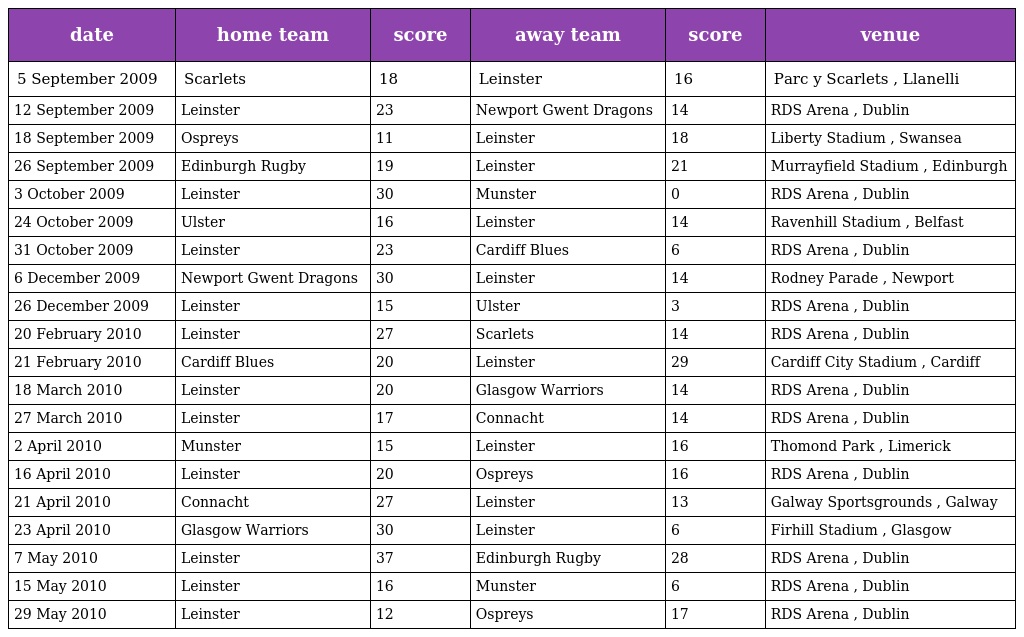
| date | home team | score | away team | score | venue |
 | --- | --- | --- | --- | --- | --- |
 | 5 September 2009 | Scarlets | 18 | Leinster | 16 | Parc y Scarlets , Llanelli |
 | 12 September 2009 | Leinster | 23 | Newport Gwent Dragons | 14 | RDS Arena , Dublin |
 | 18 September 2009 | Ospreys | 11 | Leinster | 18 | Liberty Stadium , Swansea |
 | 26 September 2009 | Edinburgh Rugby | 19 | Leinster | 21 | Murrayfield Stadium , Edinburgh |
 | 3 October 2009 | Leinster | 30 | Munster | 0 | RDS Arena , Dublin |
 | 24 October 2009 | Ulster | 16 | Leinster | 14 | Ravenhill Stadium , Belfast |
 | 31 October 2009 | Leinster | 23 | Cardiff Blues | 6 | RDS Arena , Dublin |
 | 6 December 2009 | Newport Gwent Dragons | 30 | Leinster | 14 | Rodney Parade , Newport |
 | 26 December 2009 | Leinster | 15 | Ulster | 3 | RDS Arena , Dublin |
 | 20 February 2010 | Leinster | 27 | Scarlets | 14 | RDS Arena , Dublin |
 | 21 February 2010 | Cardiff Blues | 20 | Leinster | 29 | Cardiff City Stadium , Cardiff |
 | 18 March 2010 | Leinster | 20 | Glasgow Warriors | 14 | RDS Arena , Dublin |
 | 27 March 2010 | Leinster | 17 | Connacht | 14 | RDS Arena , Dublin |
 | 2 April 2010 | Munster | 15 | Leinster | 16 | Thomond Park , Limerick |
 | 16 April 2010 | Leinster | 20 | Ospreys | 16 | RDS Arena , Dublin |
 | 21 April 2010 | Connacht | 27 | Leinster | 13 | Galway Sportsgrounds , Galway |
 | 23 April 2010 | Glasgow Warriors | 30 | Leinster | 6 | Firhill Stadium , Glasgow |
 | 7 May 2010 | Leinster | 37 | Edinburgh Rugby | 28 | RDS Arena , Dublin |
 | 15 May 2010 | Leinster | 16 | Munster | 6 | RDS Arena , Dublin |
 | 29 May 2010 | Leinster | 12 | Ospreys | 17 | RDS Arena , Dublin |